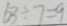
5 3 \div 7 = 9